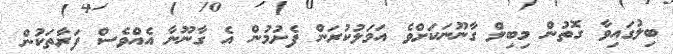
ބިލުގައިވާ ގޮތުން މިބިލް ގާނޫނަކަށްވެ އަމަލުކުރަން ފެށުމުން އެ ގާނޫނާ އެއްވެސް ފަރާތަކުން